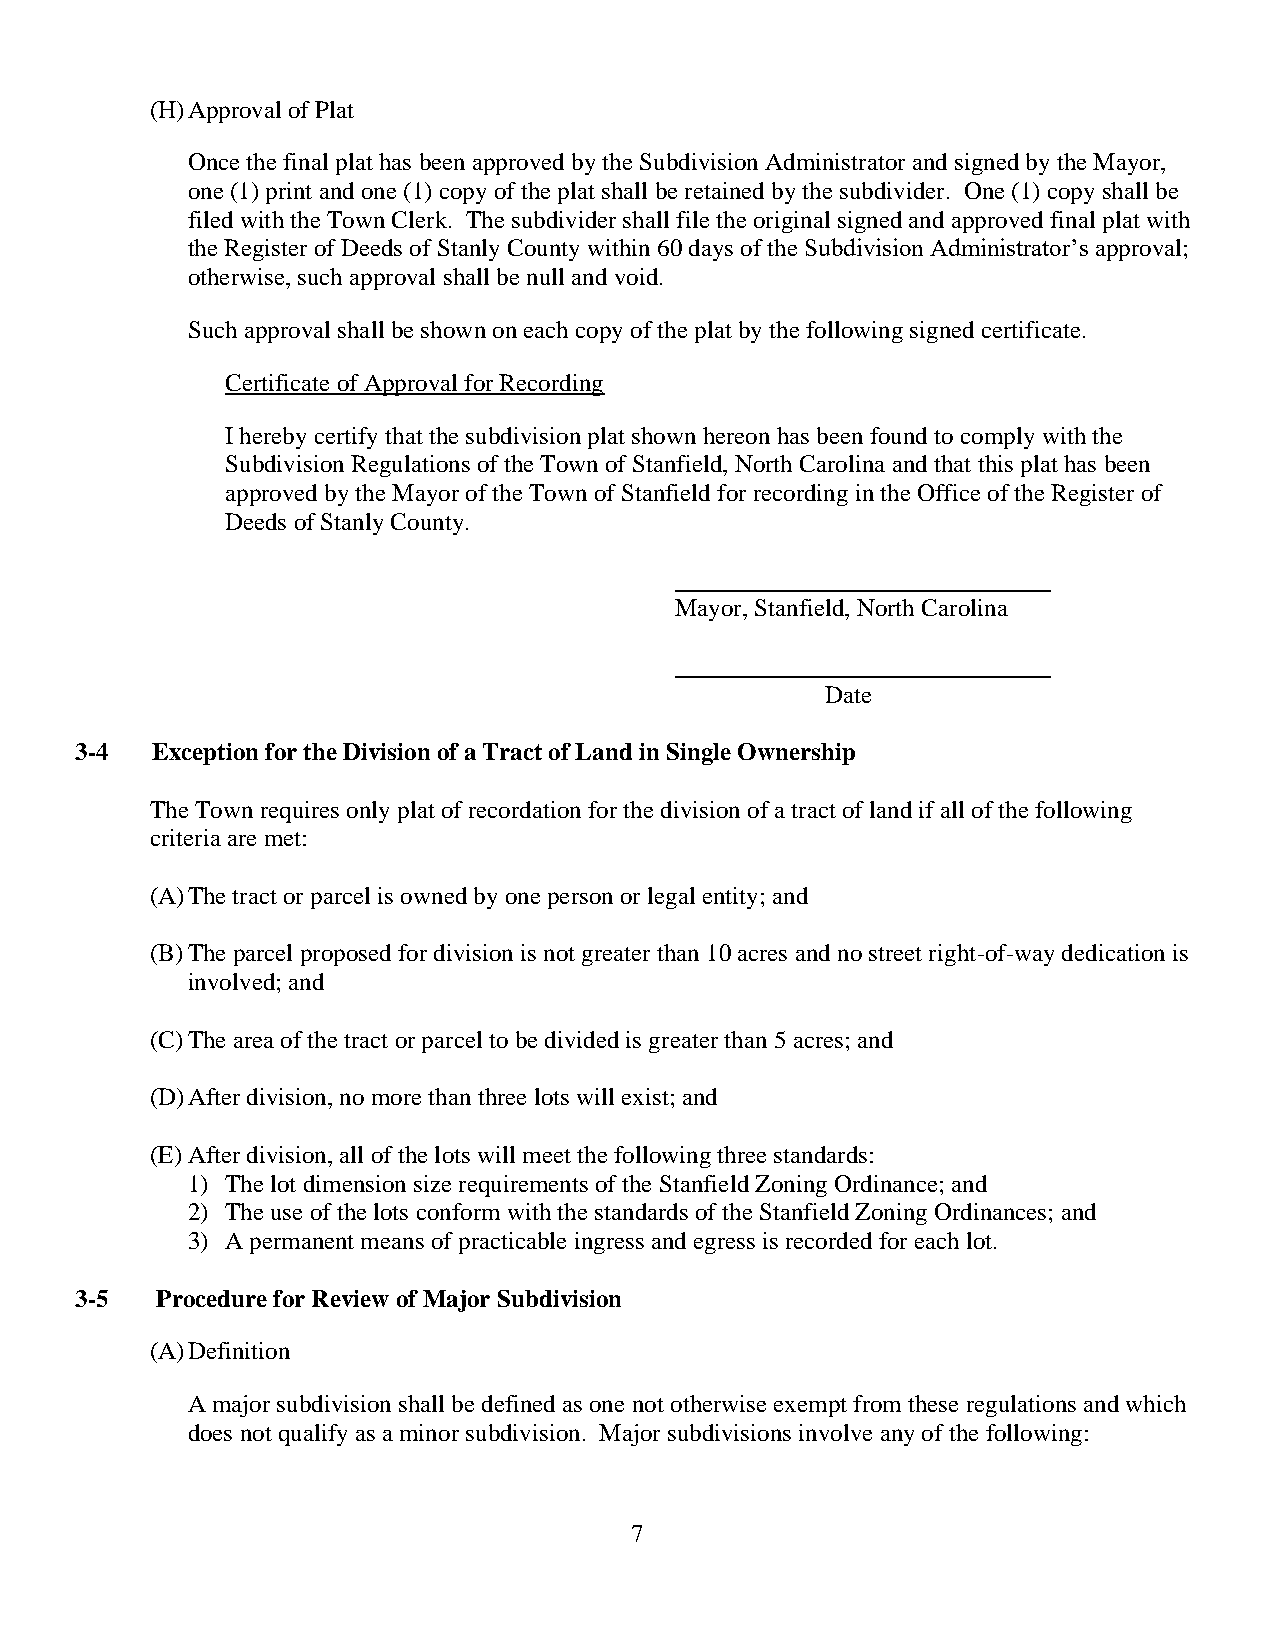
(H) Approval of Plat
 Once the final plat has been approved by the Subdivision Administrator and signed by the Mayor,
 one (1) print and one (1) copy of the plat shall be retained by the subdivider. One (1) copy shall be
 filed with the Town Clerk. The subdivider shall file the original signed and approved final plat with
 the Register of Deeds of Stanly County within 60 days of the Subdivision Administrator’s approval;
 otherwise, such approval shall be null and void.
 Such approval shall be shown on each copy of the plat by the following signed certificate.
 Certificate of Approval for Recording
 I hereby certify that the subdivision plat shown hereon has been found to comply with the
 Subdivision Regulations of the Town of Stanfield, North Carolina and that this plat has been
 approved by the Mayor of the Town of Stanfield for recording in the Office of the Register of
 Deeds of Stanly County.
 Mayor, Stanfield, North Carolina
 Date
 3-4  Exception for the Division of a Tract of Land in Single Ownership
 The Town requires only plat of recordation for the division of a tract of land if all of the following
 criteria are met:
 (A) The tract or parcel is owned by one person or legal entity; and
 (B) The parcel proposed for division is not greater than 10 acres and no street right-of-way dedication is
 involved; and
 (C) The area of the tract or parcel to be divided is greater than 5 acres; and
 (D) After division, no more than three lots will exist; and
 (E) After division, all of the lots will meet the following three standards:
 1) The lot dimension size requirements of the Stanfield Zoning Ordinance; and
 2) The use of the lots conform with the standards of the Stanfield Zoning Ordinances; and
 3) A permanent means of practicable ingress and egress is recorded for each lot.
 3-5  Procedure for Review of Major Subdivision
 (A) Definition
 A major subdivision shall be defined as one not otherwise exempt from these regulations and which
 does not qualify as a minor subdivision. Major subdivisions involve any of the following:
 7